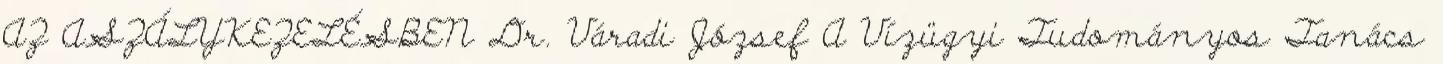
AZ ASZÁLYKEZELÉSBEN Dr. Váradi József A Vízügyi Tudományos Tanács